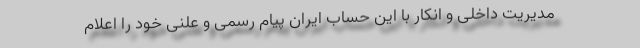
مدیریت داخلی و انکار با این حساب ایران پیام رسمی و علنی خود را اعلام